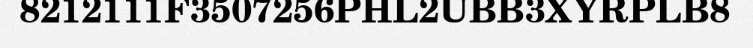
8212111F3507256PHL2UBB3XYRPLB8